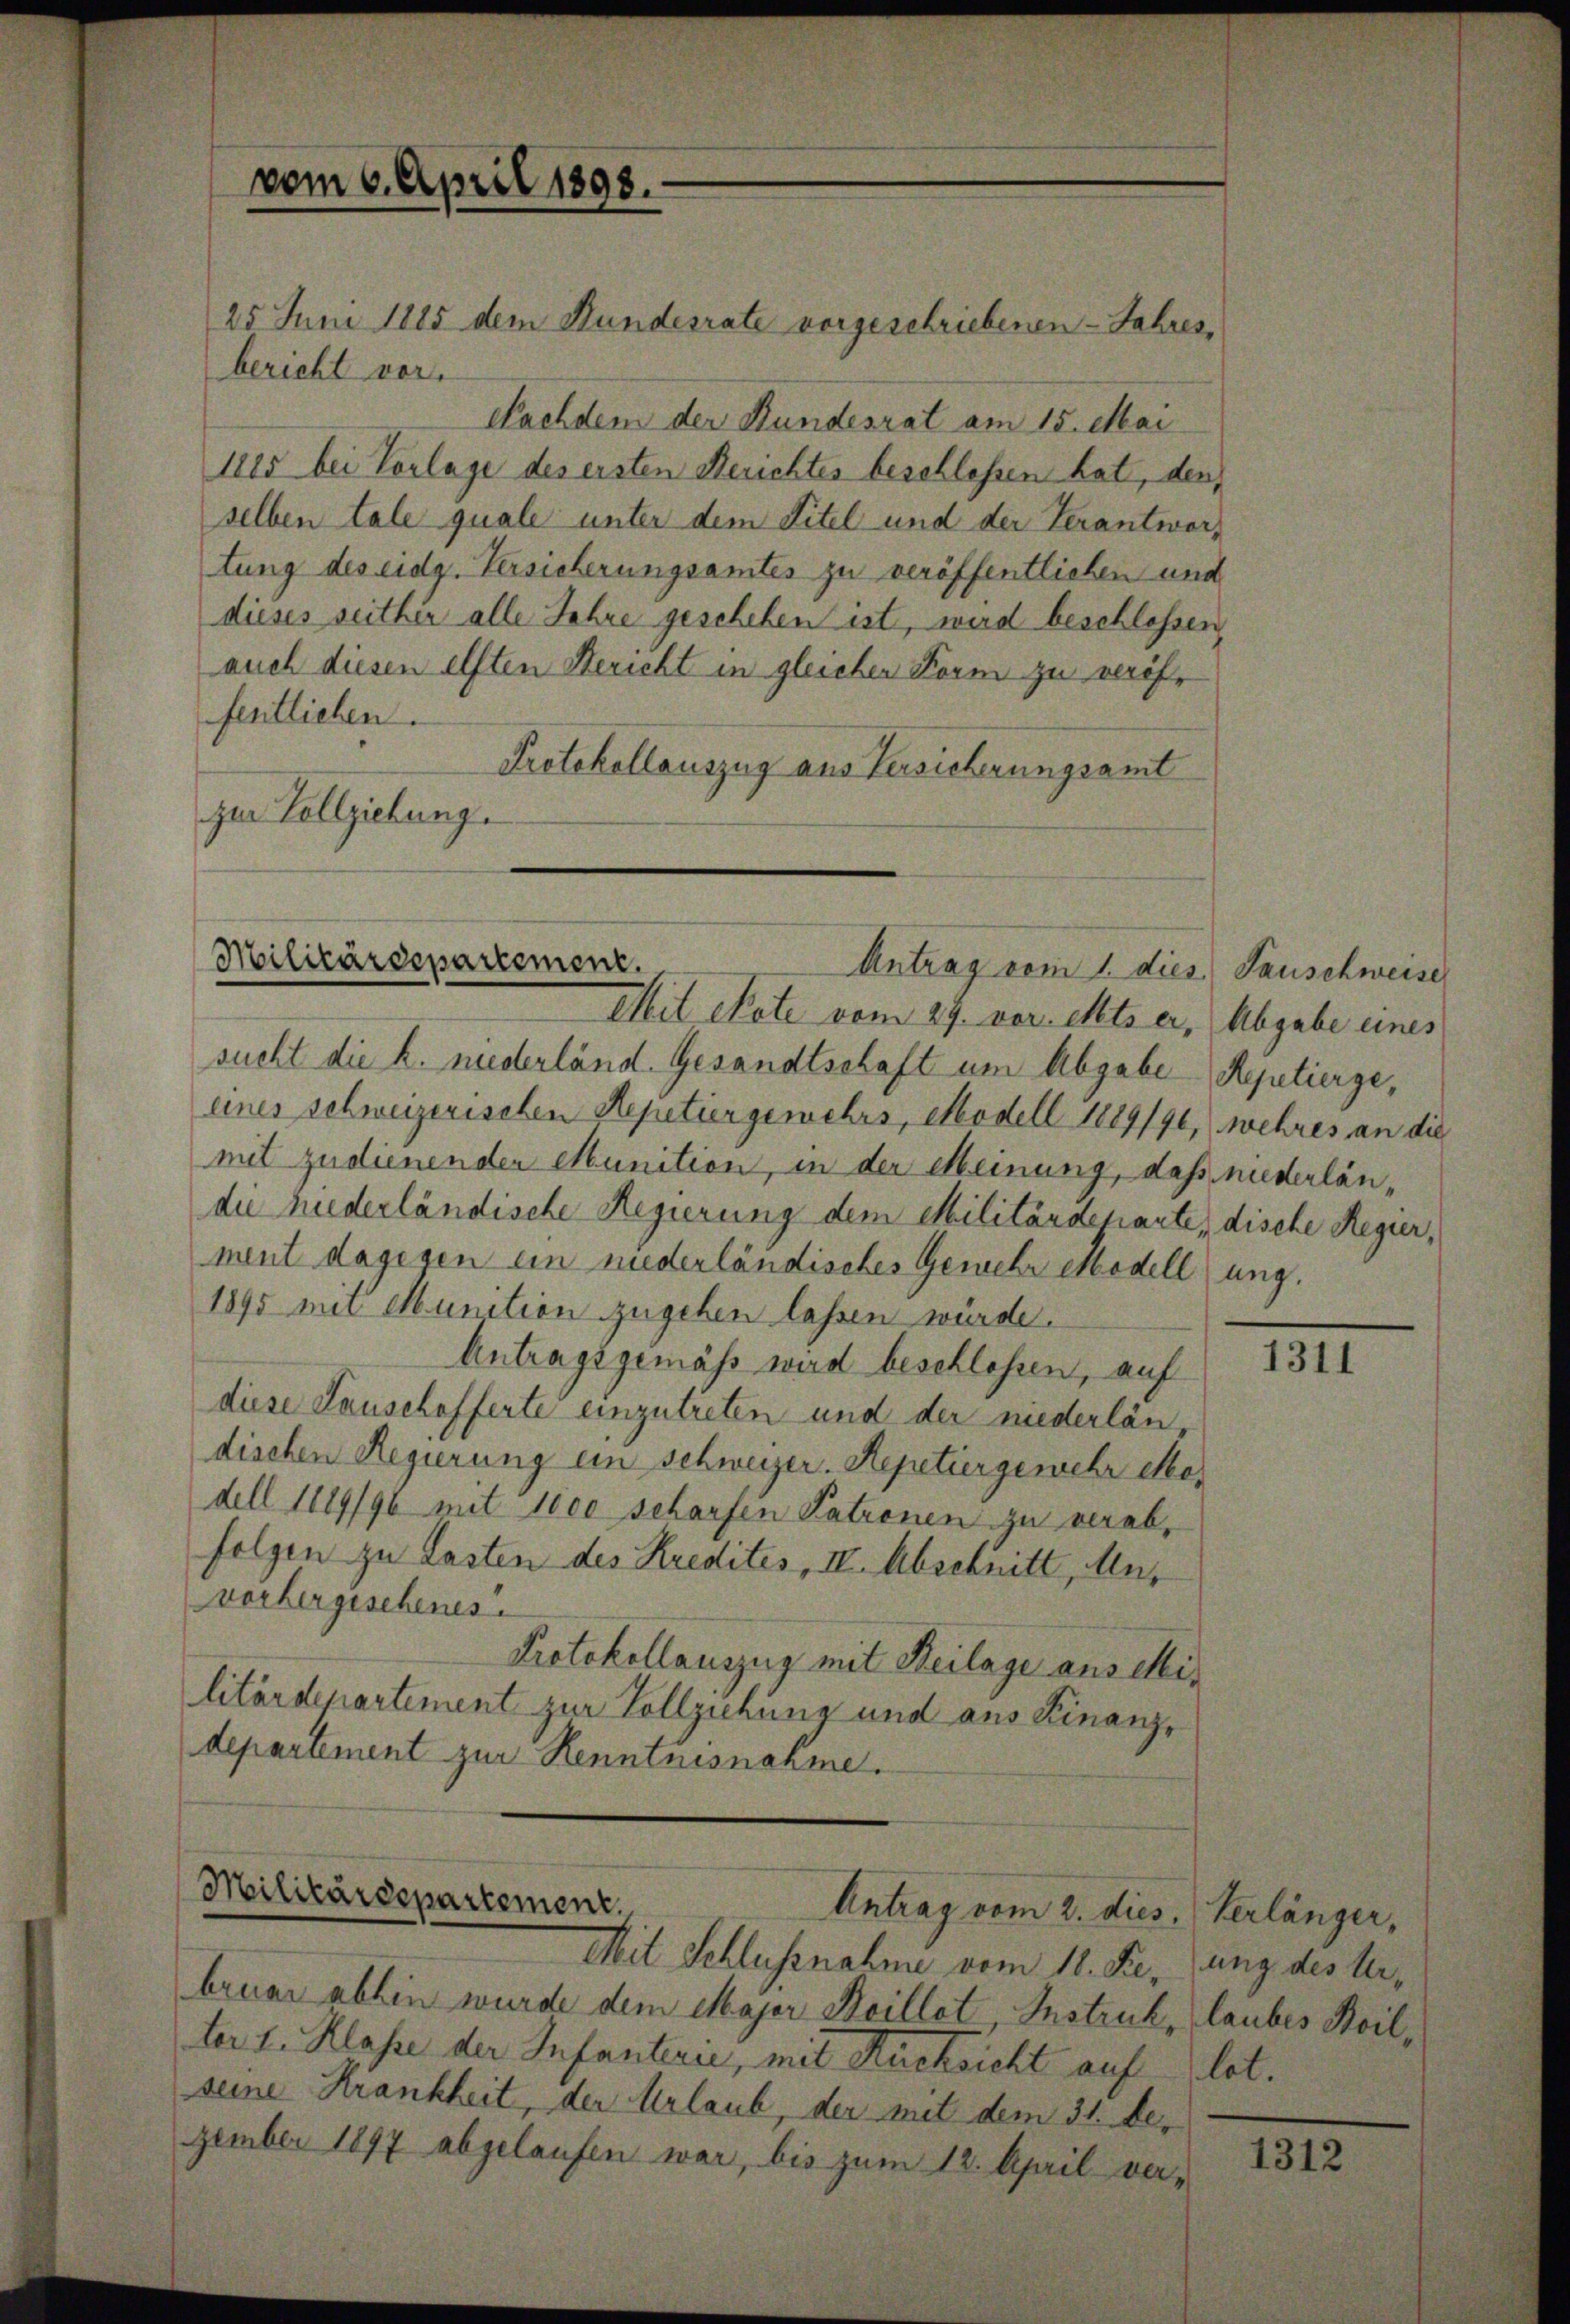
25. Juni 1885 dem Hundesrate vorgeschriebenen Jahres,
bericht vor
Nachdem der Bundesrat am 15. Mai
1815 bei Vorlage des ersten Berichtes beschlossen hat, den
selben tale quale unter dem Titel und der Verantwort
tung des eidg. Versicherungsamtes zu veröffentlichen und
dieses seither alle Jahre geschehen ist, wird beschlossen,
auch diesen elften Bericht in gleichen Form zu veröffentlichen.
Protokollauszug aus Versicherungsamt
zur Vollziehung.

vom 6. April 1898.

Militärdepartement.
Antrag vom 1. dies Tauschweiser

Militärdepartement.
Antrag vom 2. dies Verlänger,

sucht die h. niederländ. Gesandtschaft um Abgabe Repetierge,
eines schweizerischen Repetier gewehrs, Modell 1889/90, wehres an die
mit zudienenden Munition, in der Meinung, daß niederländie niederländische Regierung dem Militärdeparte, dische Regier,
ment dagegen ein niederländisches Gemehr Modellung.
1895 mit Munition zugehen lassen würde.
Antragsgemäss wird beschlossen, auf
diese Lauschofferte einzutreten und der niederländischen Regierung ein Schweizer. Repetiergewehr Modell 1889/90 mit 1000 scharfen Patronen zu verabfolgen zu Lasten des Kredites, II. Abschnitt, Auvorhergischenes.
Protokollauszug mit Beilage aus Militärdepartement zur Vollziehung und aus Kinanzdepartement zur Renntnisnahme.

Mit etate vom 29. vor. Mts. er, Abgabe eines

bruar abhin wurde dem Major Seillet Instruk, laubes Boilber 1. Klasse der Infanterie, mit Rücksicht auf lot.
seine Krankheit, der Urlaub, der mit dem 31. Der
zember 1897 abgelaufen war, bis zum 12. April ver¬

Mit Schlussnahme vom 18. Sie, ung des Ur¬

1311

1312